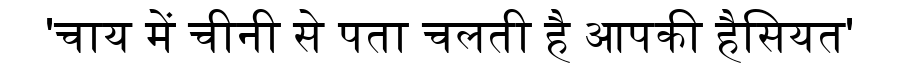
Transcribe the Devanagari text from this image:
'चाय में चीनी से पता चलती है आपकी हैसियत'